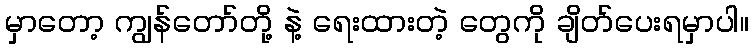
မှာတော့ ကျွန်တော်တို့ နဲ့ ရေးထားတဲ့ တွေကို ချိတ်ပေးရမှာပါ။